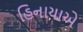
હિનાયાએ